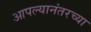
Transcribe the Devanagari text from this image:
आपल्यानंतरच्या